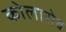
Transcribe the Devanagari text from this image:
कोलारोव